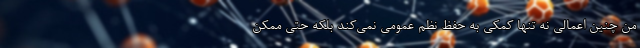
من چنین اعمالی نه تنها کمکی به حفظ نظم عمومی نمی‌کند بلکه حتی ممکن